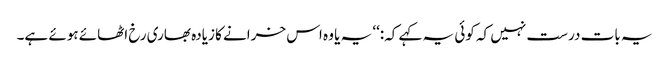
یہ بات درست نہیں کہ کوئی یہ کہے کہ:‘‘ یہ یا وہ اس خرانے کا زیادہ بھاری رخ اٹھائے ہوئے ہے۔